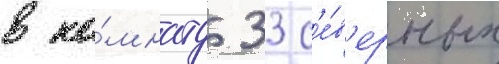
в ко́мнату 33 с'е́в'ерных